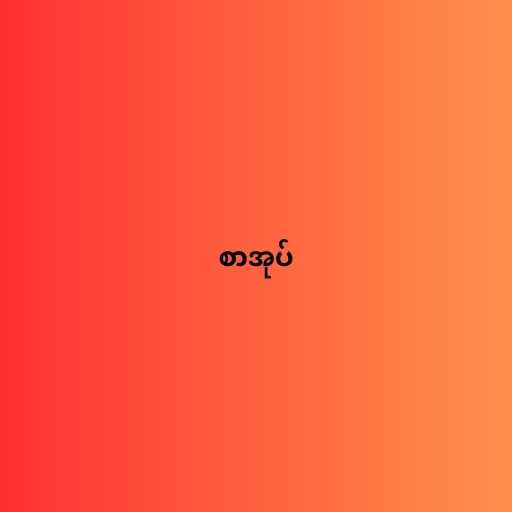
စာအုပ်